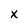
Character: x